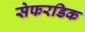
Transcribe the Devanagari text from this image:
सेफरडिक